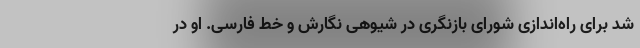
شد برای راه‌اندازی شورای بازنگری در شیوهی نگارش و خط فارسی. او در